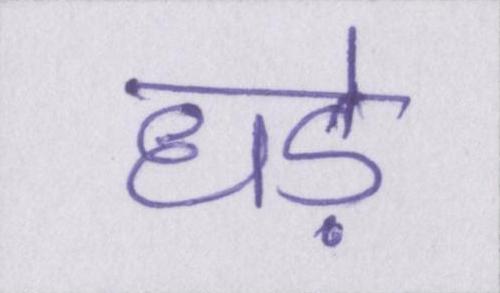
धड़े